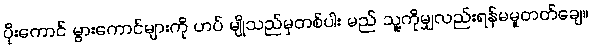
ပိုးကောင် မွားကောင်များကို ဟပ် မျိုသည်မှတစ်ပါး မည် သူ့ကိုမျှလည်းရန်မမူတတ်ချေ။